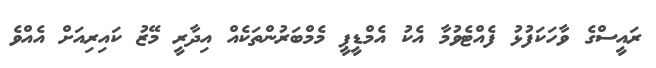
ރައީސްގެ ވާހަކަފުޅު ފެއްޓެވުމާ އެކު އެމްޑީޕީ މެމްބަރުންތަކެއް އިދާރީ މޭޒު ކައިރިއަށް އެއްވެ